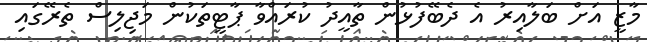
މާޒީ އަށް ބަލާއިރު އެ ދެބޭފުޅުން ތާއީދު ކުރައްވާ ޕާޓީތަކުން މަޖިލިސް ތެރޭގައި